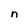
Character: n